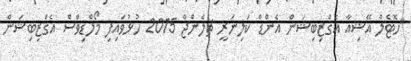
"ހޮޓެލް އޭޝިއާ އެގްޒިބިޝަން އެންޑް ކަލިނަރީ ޗެލެންޖް 2015 ހުޅުވައިފި މޯލްޑިވްސް އެގްޒިބިޝަން